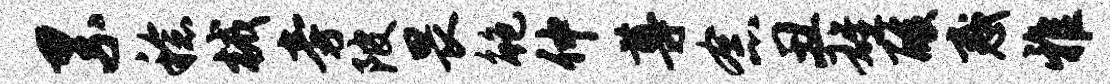
累稔械旁陂畏鲍仲尊念丑雄酸惑雅